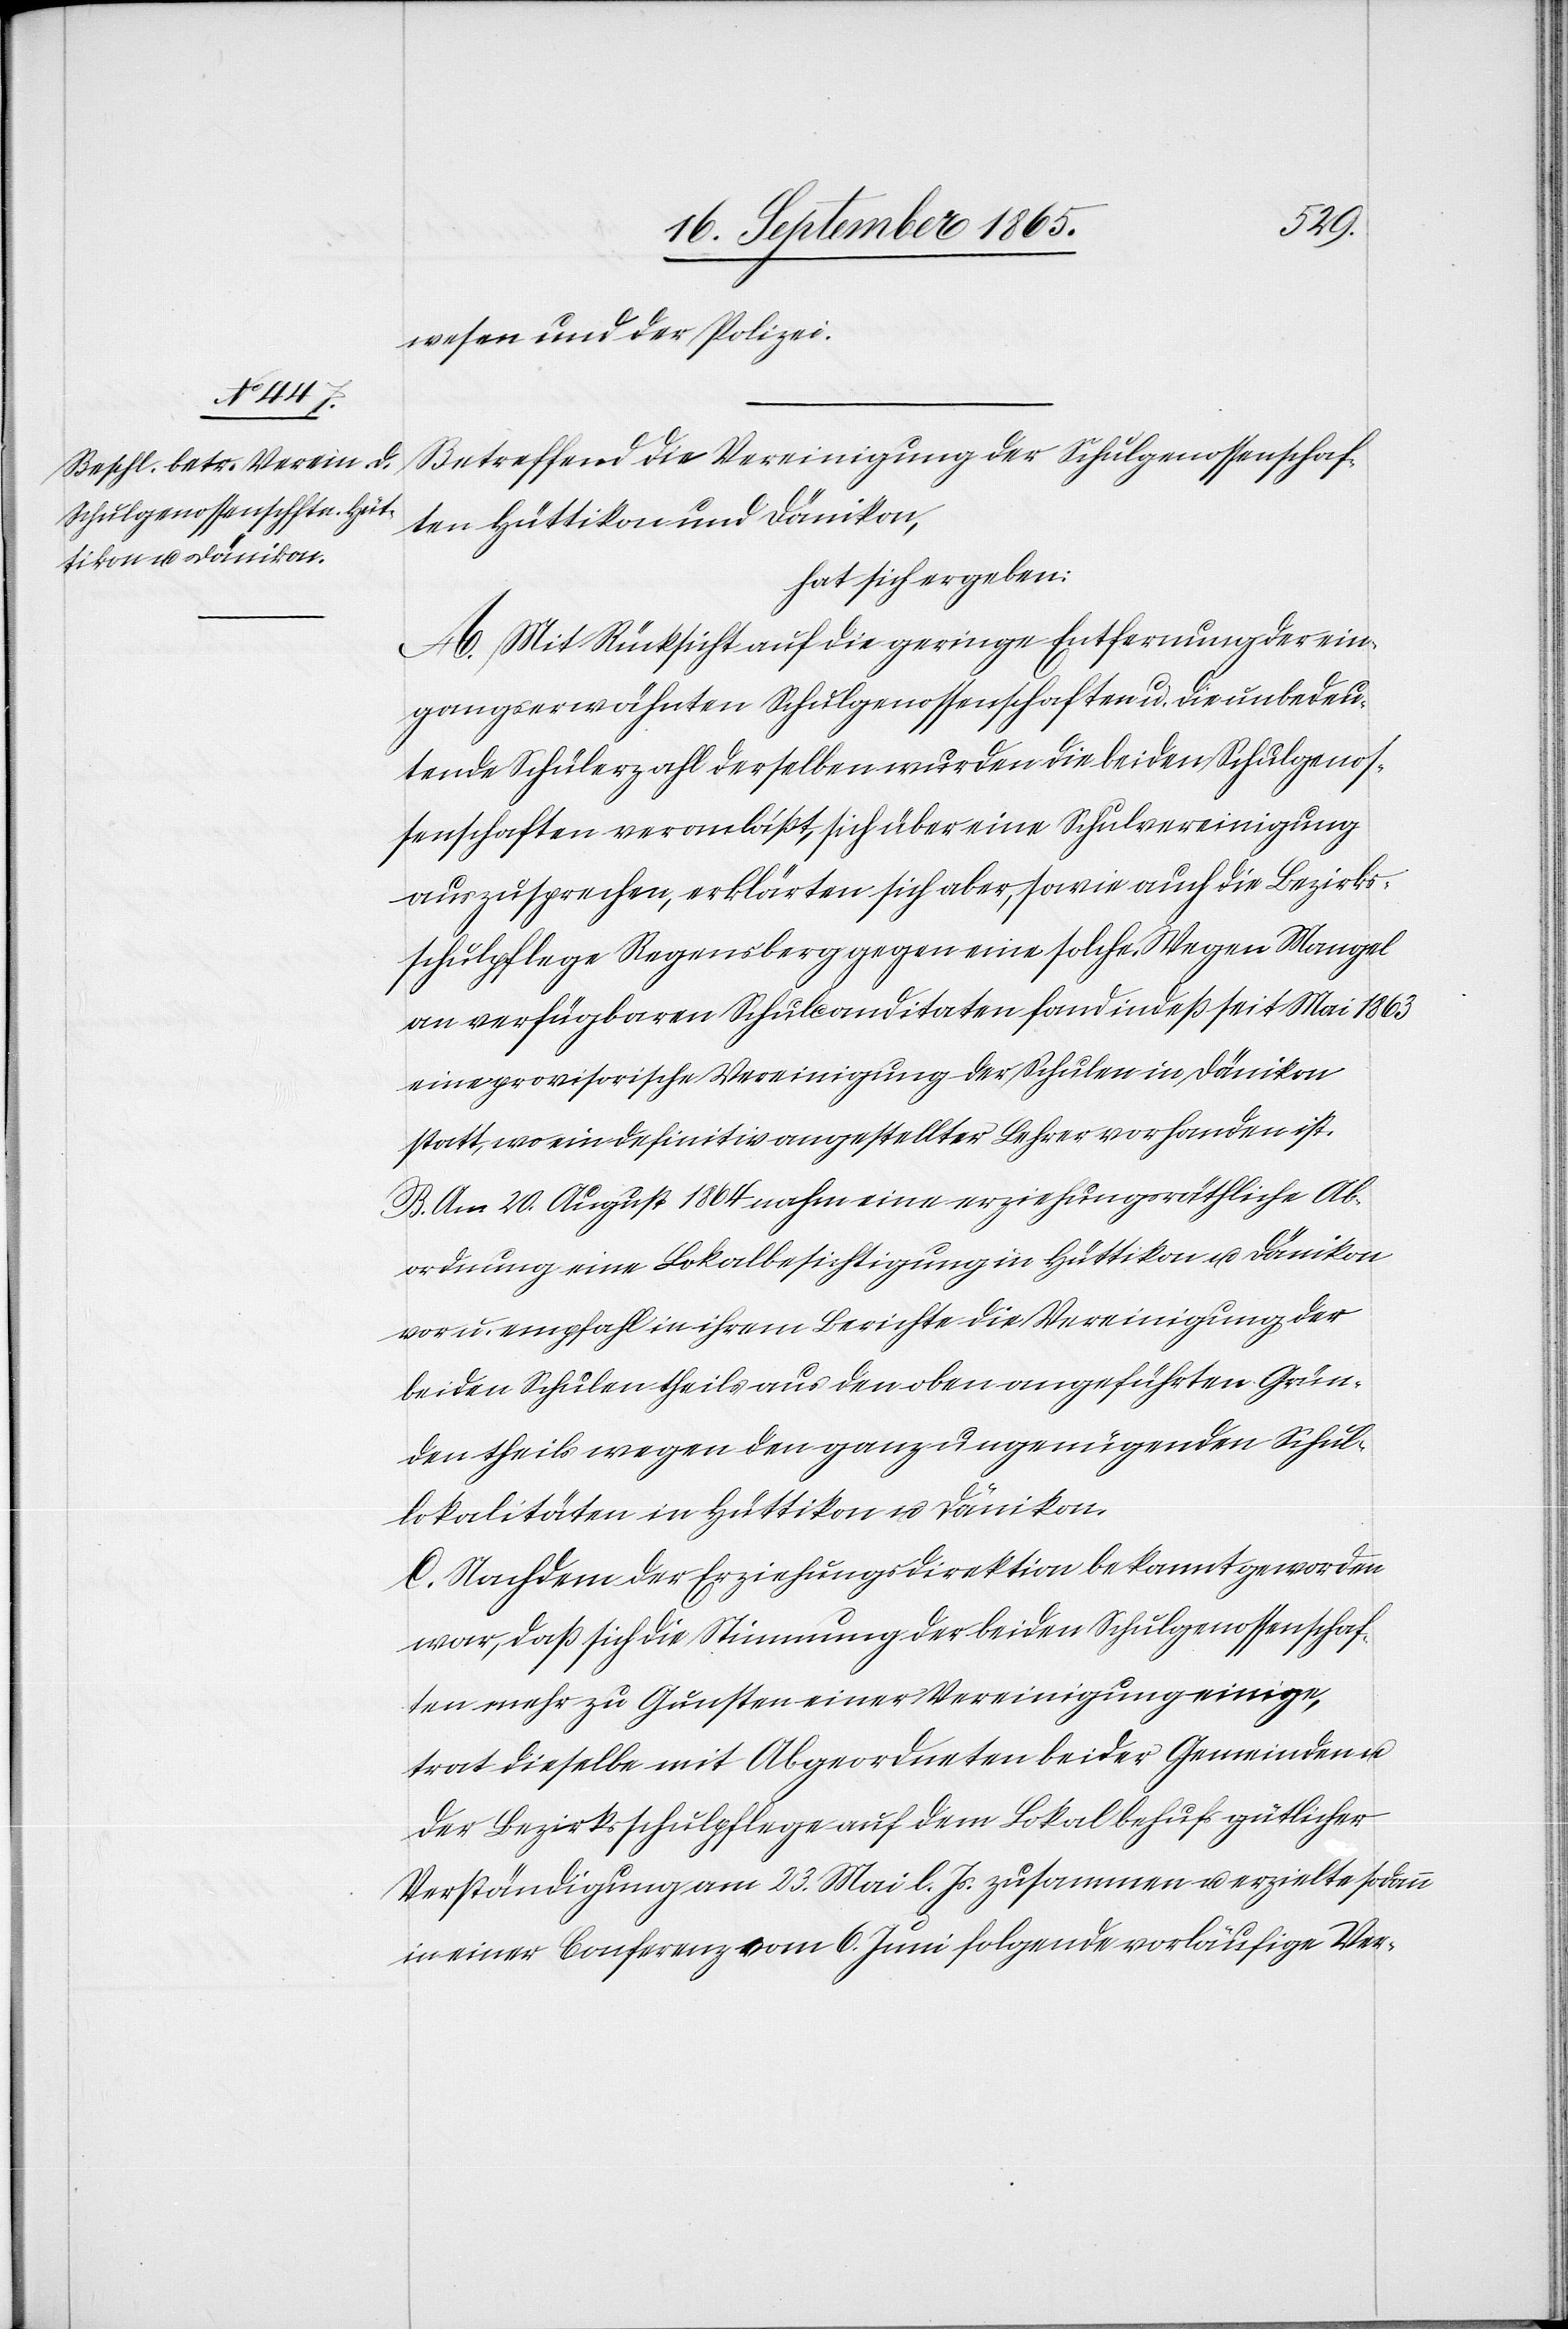
wesen und der Polizei.
Betreffend die Vereinigung der Schulgenossenschaf¬
ten Hüttikon und Dänikon,
hat sich ergeben:
A. Mit Rücksicht auf die geringe Entfernung der ein¬
gangserwähnten Schulgenossenschaften u. die unbedeu¬
tende Schülerzahl derselben wurden die beiden Schulgenos¬
senschaften veranlaßt, sich über eine Schulvereinigung
auszusprechen, erklärten sich aber, sowie auch die Bezirks¬
schulpflege Regensberg gegen eine solche. Wegen Mangel
an verfügbaren Schulcanditaten fand indeß seit Mai 1863
eine provisorische Vereinigung der Schulen in Dänikon
statt, wo ein definitiv angestellter Lehrer vorhanden ist.
B. Am 20. August 1864 nahm eine erziehungsräthliche Ab¬
ordnung eine Lokalbesichtigung in Hüttikon u. Dänikon
vor u. empfahl in ihrem Berichte die Vereinigung der
beiden Schulen theils aus den oben angeführten Grün¬
den theils wegen den ganz ungenügenden Schul¬
lokalitäten in Hüttikon u. Dänikon.
C. Nachdem der Erziehungsdirektion bekannt geworden
war, daß sich die Stimmung der beiden Schulgenossenschaf¬
ten mehr zu Gunsten einer Vereinigung einige,
trat dieselbe mit Abgeordneten beider Gemeinden u.
der Bezirksschulpflege auf dem Lokal behufs gütlicher
Verständigung am 23. Mai l. Js. zusammen u. erzielte sodann
in einer Conferenz vom 6. Juni folgende vorläufige Ver-